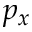
p _ { x }